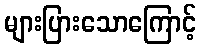
များပြားသောကြောင့်